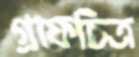
গ্রাফচিত্র